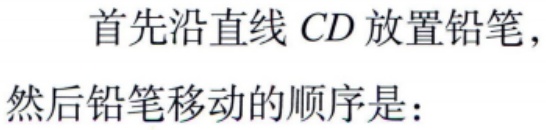
首先沿直线 \(CD\) 放置铅笔，
然后铅笔移动的顺序是：